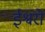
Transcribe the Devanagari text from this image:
ईश्वरो